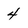
Character: 4